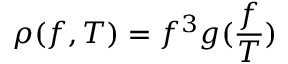
\rho ( f , T ) = f ^ { 3 } g ( \frac { f } { T } )